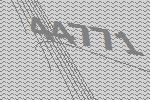
44771